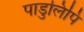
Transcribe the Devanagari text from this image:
पाडुलिपि